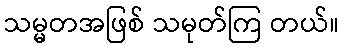
သမ္မတအဖြစ် သမုတ်ကြ တယ်။